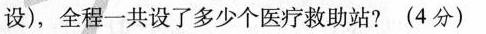
设)，全程一共设了多少个医疗救助站?(4分)